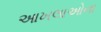
આખલાઓના